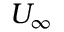
U _ { \infty }